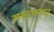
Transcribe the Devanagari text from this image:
सभावनाए